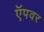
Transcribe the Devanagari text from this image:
ऍपवर